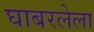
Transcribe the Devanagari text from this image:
घाबरलेला